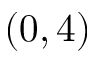
( 0 , 4 )